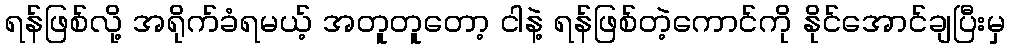
ရန်ဖြစ်လို့ အရိုက်ခံရမယ့် အတူတူတော့ ငါနဲ့ ရန်ဖြစ်တဲ့ကောင်ကို နိုင်အောင်ချပြီးမှ